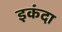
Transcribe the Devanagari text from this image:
इकंदा